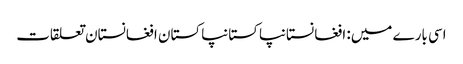
اسی بارے میں: افغانستانپاکستانپاکستان افغانستان تعلقات